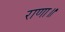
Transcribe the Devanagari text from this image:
राणा॥